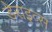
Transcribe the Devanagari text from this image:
डेराइव्स